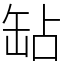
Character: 䍄